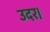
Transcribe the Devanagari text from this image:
उदर।